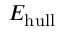
E _ { \mathrm { h u l l } }